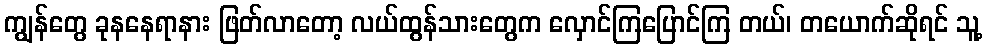
ကျွန်တွေ ခုနနေရာနား ဖြတ်လာတော့ လယ်ထွန်သားတွေက လှောင်ကြပြောင်ကြ တယ်၊ တယောက်ဆိုရင် သူ့